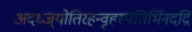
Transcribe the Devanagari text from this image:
अदध्ज्र्योतिरहन्वृहस्पतिर्भिनदद्रिं